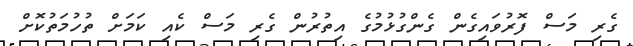
ގެރި މަސް ފޮރުވައިގެން ގެންގުޅުމުގެ އިތުރުން ގެރި މަސް ކެއި ކަމަށް ތުހުމަތުކޮށް